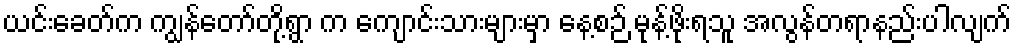
ယင်းခေတ်က ကျွန်တော်တို့ရွာ က ကျောင်းသားများမှာ နေ့စဉ် မုန့်ဖိုးရသူ အလွန်တရာနည်းပါလျက်